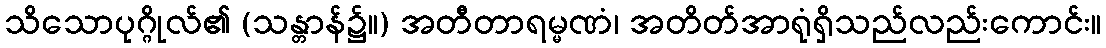
သိသောပုဂ္ဂိုလ်၏ (သန္တာန်၌။) အတီတာရမ္မဏံ၊ အတိတ်အာရုံရှိသည်လည်းကောင်း။